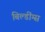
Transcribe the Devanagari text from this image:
बिल्डींग्स